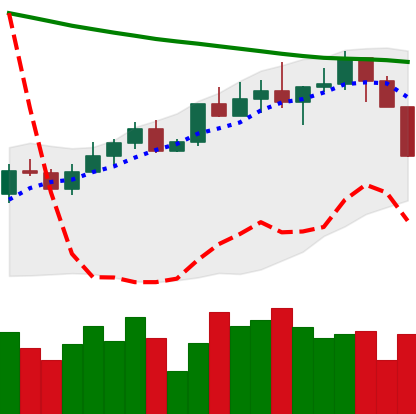
Ticker: LINK-USD
Chart end date: 2022-04-06
Forward return: -10.857%
Label: down_7plus